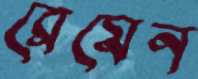
ব্রেমেন